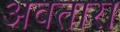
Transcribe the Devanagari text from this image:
अवतारा